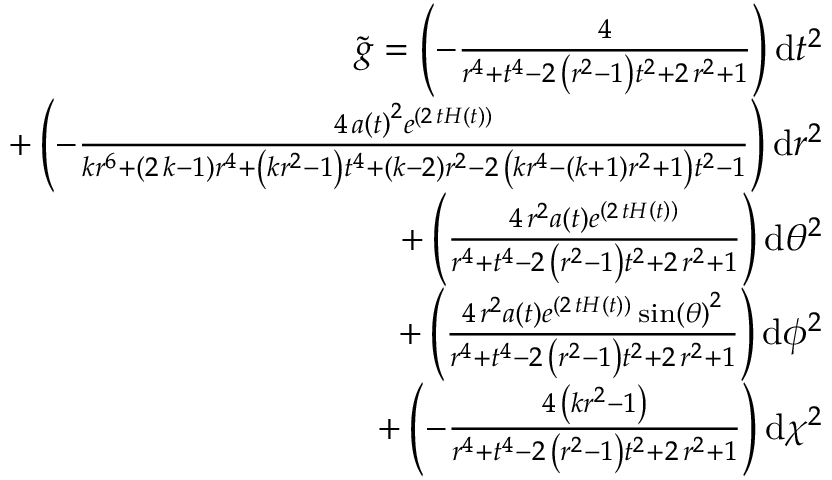
\begin{array} { r } { \tilde { g } = \left( - \frac { 4 } { r ^ { 4 } + t ^ { 4 } - 2 \, { \left( r ^ { 2 } - 1 \right) } t ^ { 2 } + 2 \, r ^ { 2 } + 1 } \right) \mathrm { d } t ^ { 2 } } \\ { + \left( - \frac { 4 \, a \left( t \right) ^ { 2 } e ^ { \left( 2 \, t H \left( t \right) \right) } } { k r ^ { 6 } + { \left( 2 \, k - 1 \right) } r ^ { 4 } + { \left( k r ^ { 2 } - 1 \right) } t ^ { 4 } + { \left( k - 2 \right) } r ^ { 2 } - 2 \, { \left( k r ^ { 4 } - { \left( k + 1 \right) } r ^ { 2 } + 1 \right) } t ^ { 2 } - 1 } \right) \mathrm { d } r ^ { 2 } } \\ { + \left( \frac { 4 \, r ^ { 2 } a \left( t \right) e ^ { \left( 2 \, t H \left( t \right) \right) } } { r ^ { 4 } + t ^ { 4 } - 2 \, { \left( r ^ { 2 } - 1 \right) } t ^ { 2 } + 2 \, r ^ { 2 } + 1 } \right) \mathrm { d } { \theta } ^ { 2 } } \\ { + \left( \frac { 4 \, r ^ { 2 } a \left( t \right) e ^ { \left( 2 \, t H \left( t \right) \right) } \sin \left( { \theta } \right) ^ { 2 } } { r ^ { 4 } + t ^ { 4 } - 2 \, { \left( r ^ { 2 } - 1 \right) } t ^ { 2 } + 2 \, r ^ { 2 } + 1 } \right) \mathrm { d } { \phi } ^ { 2 } } \\ { + \left( - \frac { 4 \, { \left( k r ^ { 2 } - 1 \right) } } { r ^ { 4 } + t ^ { 4 } - 2 \, { \left( r ^ { 2 } - 1 \right) } t ^ { 2 } + 2 \, r ^ { 2 } + 1 } \right) \mathrm { d } { \chi } ^ { 2 } } \end{array}